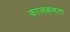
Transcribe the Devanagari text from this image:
कालक्रमता